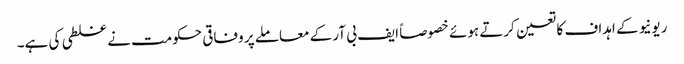
ریونیو کے اہداف کا تعین کرتے ہوئے خصوصاً ایف بی آر کے معاملے پر وفاقی حکومت نے غلطی کی ہے۔